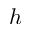
h